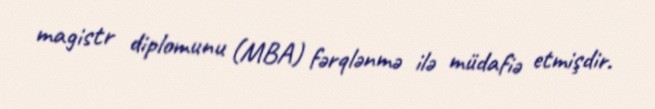
magistr diplomunu (MBA) fərqlənmə ilə müdafiə etmişdir.